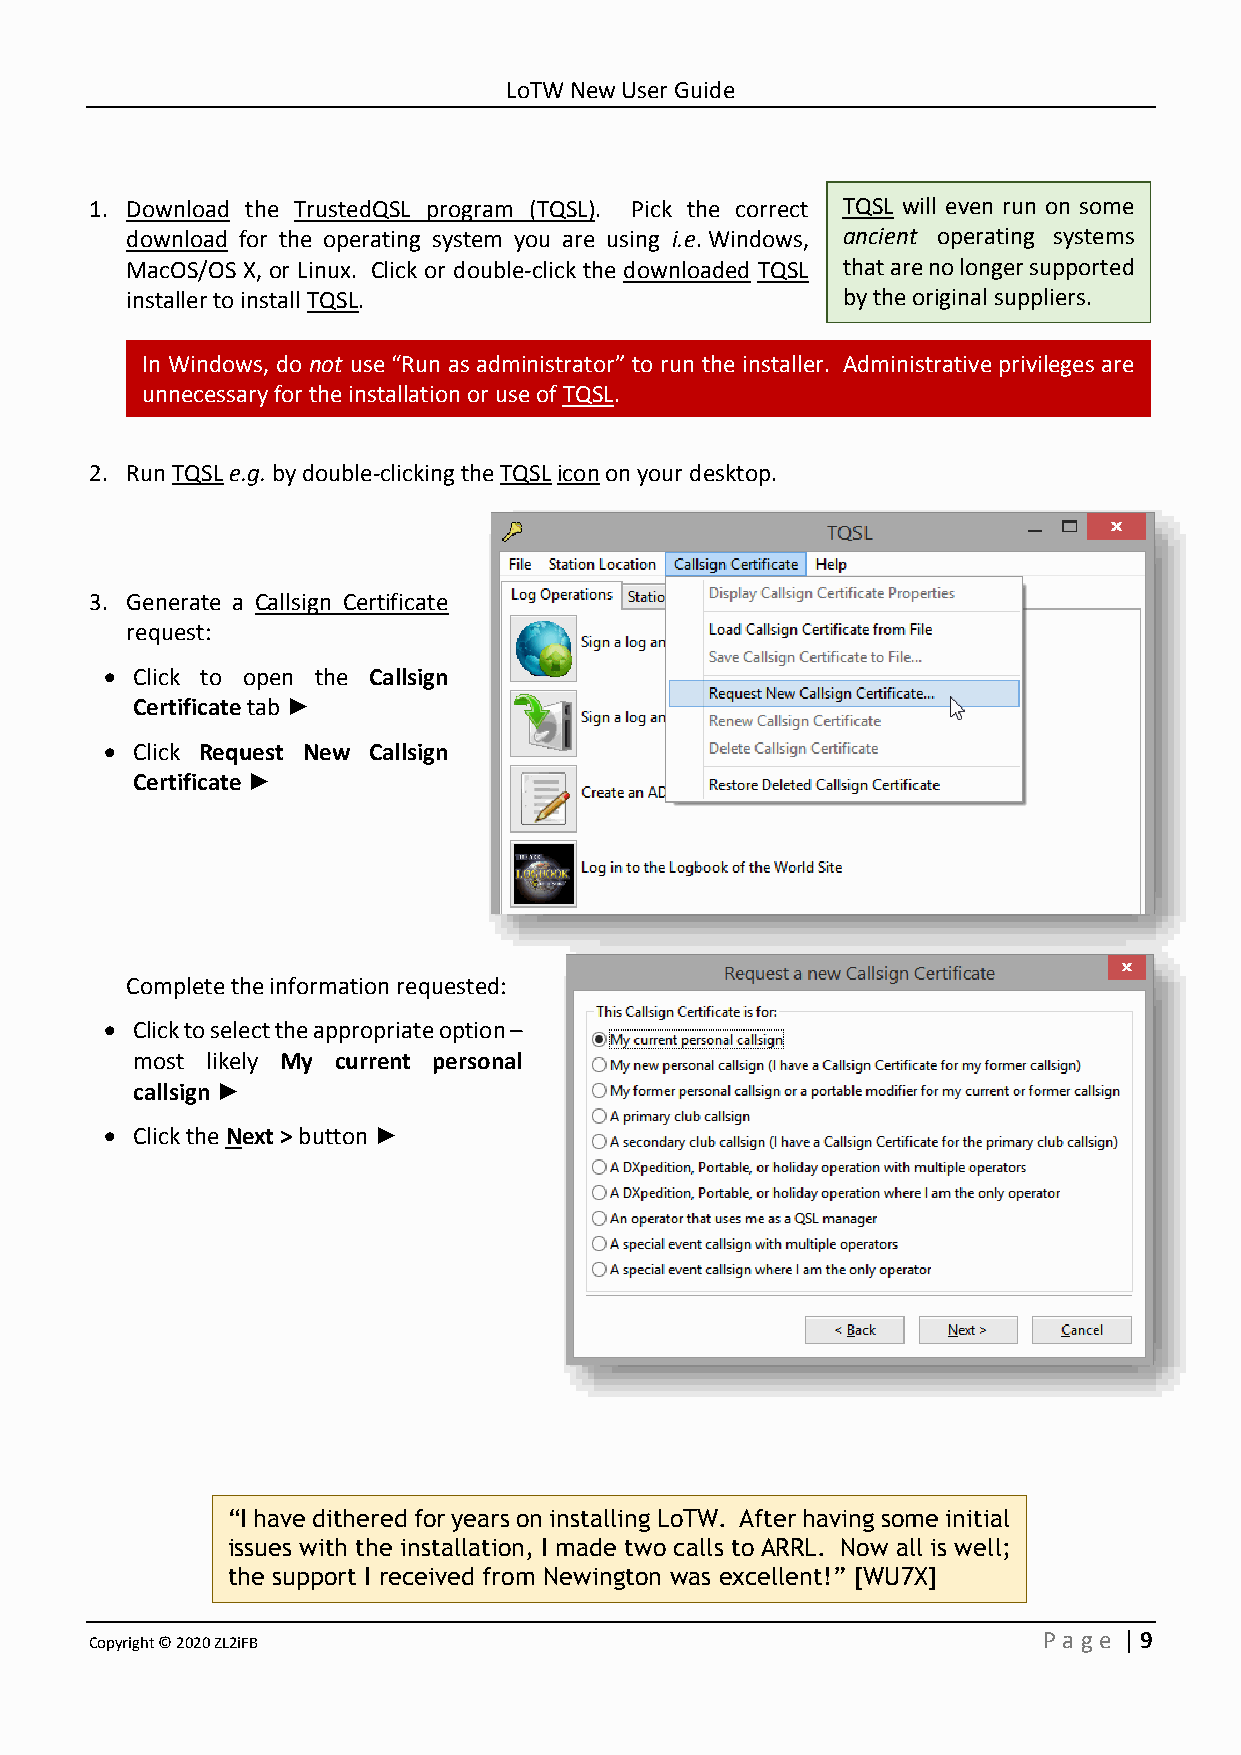
LoTW New User Guide
 1. Download the TrustedQSL program (TQSL). Pick the correct TQSL will even run on some
 download for the operating system you are using i.e. Windows, ancient operating systems
 MacOS/OS X, or Linux. Click or double-click the downloaded TQSL that are no longer supported
 installer to install TQSL.                      by the original suppliers.
 In Windows, do not use “Run as administrator” to run the installer. Administrative privileges are
 unnecessary for the installation or use of TQSL.
 2. Run TQSL e.g. by double-clicking the TQSL icon on your desktop.
 3. Generate a Callsign Certificate
 request:
 • Click to open the Callsign
 Certificate tab ►
 • Click Request New Callsign
 Certificate ►
 Complete the information requested:
 • Click to select the appropriate option –
 most likely My current personal
 callsign ►
 • Click the Next > button ►
 “I have dithered for years on installing LoTW. After having some initial
 issues with the installation, I made two calls to ARRL. Now all is well;
 the support I received from Newington was excellent!” [WU7X]
 Copyright © 2020 ZL2iFB                                        P age | 9